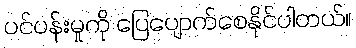
ပင်ပန်းမှုကို ပြေပျောက်စေနိုင်ပါတယ်။